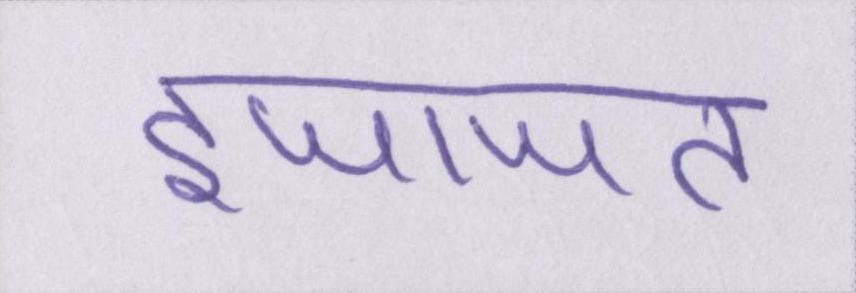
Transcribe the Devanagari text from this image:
इजाजत